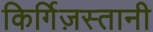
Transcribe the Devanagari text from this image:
किर्गिज़स्तानी